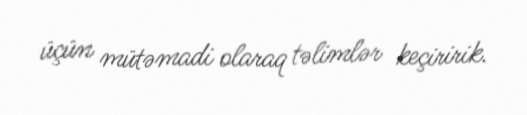
üçün mütəmadi olaraq təlimlər keçiririk.